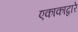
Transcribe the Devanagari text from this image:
एकाकाद्वारे